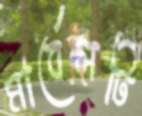
মার্বেলটি